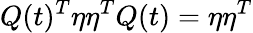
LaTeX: Q(t)^{T}\eta\eta^{T}Q(t)=\eta\eta^{T}